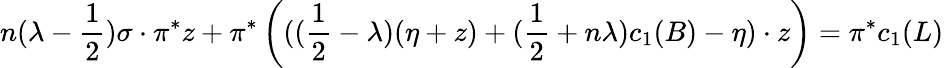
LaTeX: n(\lambda-\frac{1}{2})\sigma\cdot\pi^{*}z+\pi^{*}\left(((\frac{1}{2}-\lambda)(\eta+z)+(\frac{1}{2}+n\lambda)c_{1}(B)-\eta)\cdot z\right)=\pi^{*}c_{1}(L)